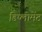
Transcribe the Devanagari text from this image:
डिप्लोमेंट